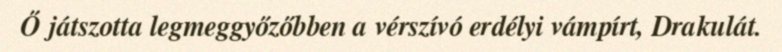
Ő játszotta legmeggyőzőbben a vérszívó erdélyi vámpírt, Drakulát.